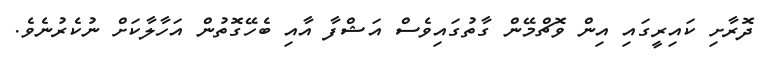
ދޮރާށި ކައިރީގައި އިން ވޮޗްމޭން ގާތުގައިވެސް އަޝްފާ އާއި ބެހޭގޮތުން އަހާލާކަށް ނުކެރުނެވެ.